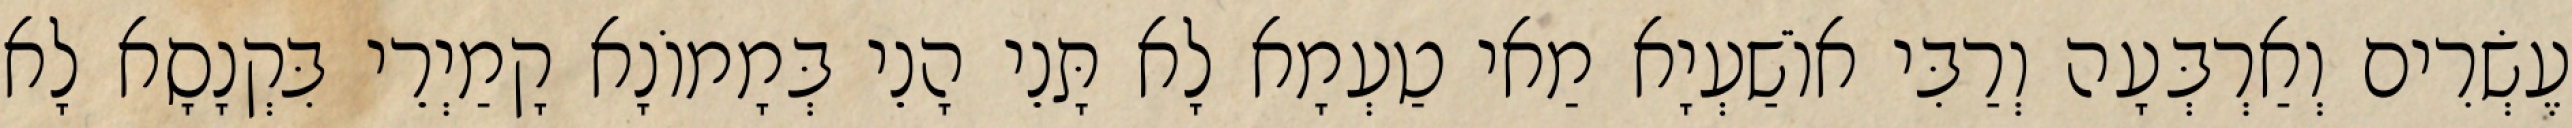
עֶשְׂרִים וְאַרְבְּעָה וְרַבִּי אוֹשַׁעְיָא מַאי טַעְמָא לָא תָּנֵי הָנֵי בְּמָמוֹנָא קָמַיְרֵי בִּקְנָסָא לָא